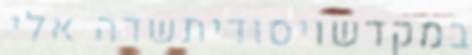
במקדשויסודיתשדה אלי